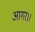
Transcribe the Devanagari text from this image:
आगर।।